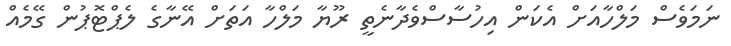
ނަމަވެސް މަލްހާއަށް އެކަން އިހުސާސްވެދާނެތީ ރޫޔާ މަލްހާ އަތަށް އޭނާގެ ލެޕްޓޮޕުން ގޭމެއް